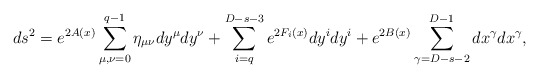
\begin{align*} ds^2=e^{2A(x)}\sum_{\mu,\nu=0}^{q-1} \eta_{\mu\nu}dy^\mu dy^\nu +\sum_{i=q}^{D-s-3}e^{2F_i(x)}dy^i dy^i +e^{2B(x)}\sum_{\gamma=D-s-2}^{D-1} dx^\gamma dx^\gamma,\end{align*}